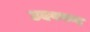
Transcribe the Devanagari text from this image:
उदयचन्द